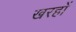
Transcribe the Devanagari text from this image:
खरहों